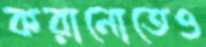
করানোতেও